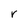
Character: r